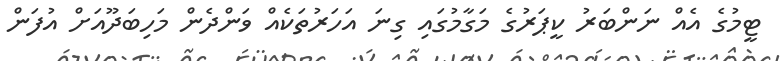
ޓީމުގެ އެއް ނަންބަރު ކީޕަރުގެ މަގާމުގައި ގިނަ އަހަރުތަކެއް ވަންދެން މަހިބަދޫއަށް އުފަން